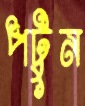
পটুন